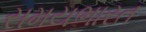
સમયભારત